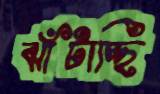
ঝাঁটাচ্ছি